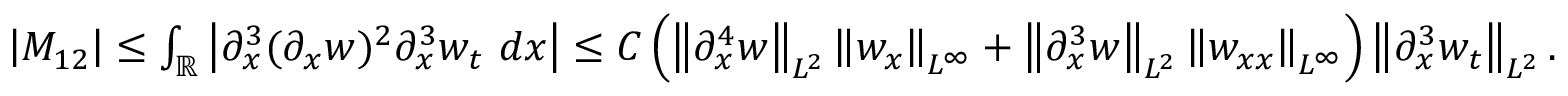
\begin{array} { r } { \left| M _ { 1 2 } \right| \leq \int _ { \mathbb R } \left| \partial _ { x } ^ { 3 } ( \partial _ { x } w ) ^ { 2 } \partial _ { x } ^ { 3 } w _ { t } \ d x \right| \leq C \left( \left\| \partial _ { x } ^ { 4 } w \right\| _ { L ^ { 2 } } \left\| w _ { x } \right\| _ { L ^ { \infty } } + \left\| \partial _ { x } ^ { 3 } w \right\| _ { L ^ { 2 } } \left\| w _ { x x } \right\| _ { L ^ { \infty } } \right) \left\| \partial _ { x } ^ { 3 } w _ { t } \right\| _ { L ^ { 2 } } . } \end{array}